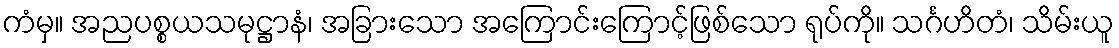
ကံမှ။ အညပစ္စယသမုဋ္ဌာနံ၊ အခြားသော အကြောင်းကြောင့်ဖြစ်သော ရုပ်ကို။ သင်္ဂဟိတံ၊ သိမ်းယူ